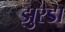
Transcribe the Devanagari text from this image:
झुरडा